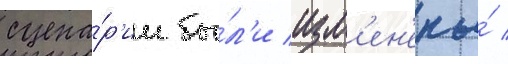
сцена́р'ии бы́л'и изм'ен'ены́ /